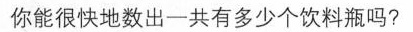
你能很快地数出一共有多少个饮料瓶吗?